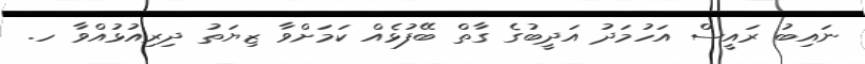
ނައިބު ރައީސް އަހުމަދު އަދީބުގެ ގާތް ބޭފުޅެއް ކަމަށްވާ ޒިޔަތު ދިރިއުޅުއްވާ ހ.